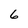
Character: 6